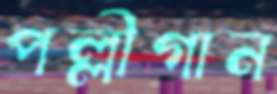
পল্লীগান